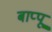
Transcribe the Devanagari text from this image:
बाप्पू